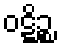
ဝဋ္ဋိဉ္စ